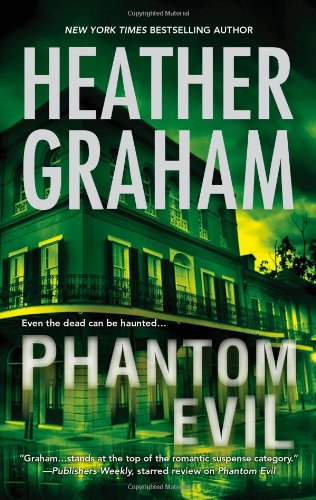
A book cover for Phantom Evil (Krewe of Hunters); Heather Graham; Religion & Spirituality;